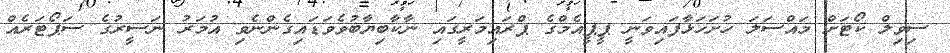
ސިވިލް ކޯޓަށް މައްސަލަ ހުށަހަޅާފައިވަނީ ޕީޕީއެމްގެ ޕްރައިމަރީގައި ނާކާބިޔާބުވެވަޑައިގެންނެވި އުމަރު ނަސީރުގެ ސަޕޯޓަރެއް